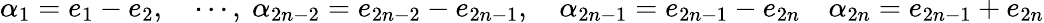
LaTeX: \alpha_{1}=e_{1}-e_{2},\quad\cdots,\ \alpha_{2n-2}=e_{2n-2}-e_{2n-1},\quad\alpha_{2n-1}=e_{2n-1}-e_{2n}\quad\alpha_{2n}=e_{2n-1}+e_{2n}